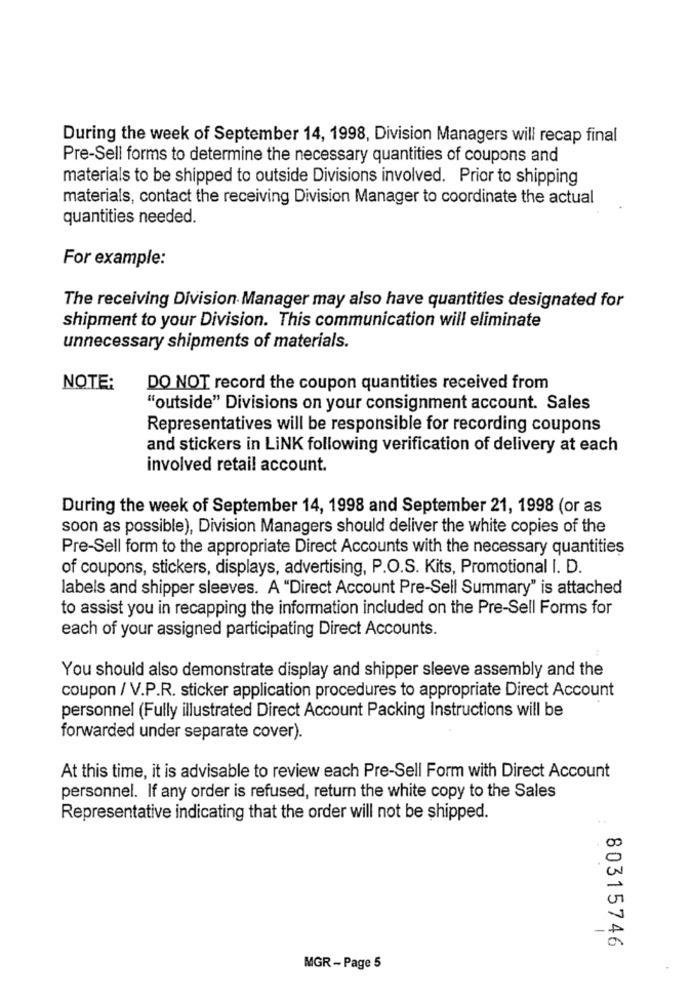
During the week of September 14, 1998, Division Managers will recap final
Pre-Sell forms to determine the necessary quantities of coupons and
materials to be shipped to outside Divisions involved. Prior to shipping
materials, contact the receiving Division Manager to coordinate the actual
quantities needed.
For example:
The receiving Division Manager may also have quantities designated for
shipment to your Division. This communication will eliminate
unnecessary shipments of materials.
NOTE:
DO NOT record the coupon quantities received from
"outside" Divisions on your consignment account. Sales
Representatives will be responsible for recording coupons
and stickers in LINK following verification of delivery at each
involved retail account.
During the week of September 14, 1998 and September 21, 1998 (or as
soon as possible), Division Managers should deliver the white copies of the
Pre-Sell form to the appropriate Direct Accounts with the necessary quantities
of coupons, stickers, displays, advertising, P.O.S. Kits, Promotional I. D.
labels and shipper sleeves. A "Direct Account Pre-Sell Summary" is attached
to assist you in recapping the information included on the Pre-Sell Forms for
each of your assigned participating Direct Accounts.
You should also demonstrate display and shipper sleeve assembly and the
coupon / V.P.R. sticker application procedures to appropriate Direct Account
personnel (Fully illustrated Direct Account Packing Instructions will be
forwarded under separate cover).
At this time, it is advisable to review each Pre-Sell Form with Direct Account
personnel. If any order is refused, return the white copy to the Sales
Representative indicating that the order will not be shipped.
80315746
MGR - Page 5